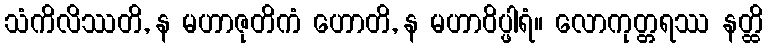
သံကိလိဿတိ, န မဟာဇုတိကံ ဟောတိ, န မဟာဝိပ္ဖါရံ။ လောကုတ္တရဿ နတ္ထိ